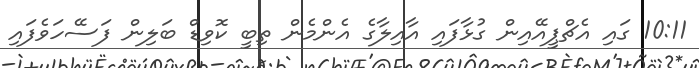
10:11 ގައި އެޗްޕީއޭއިން ގުޅާފައި އާއިލާގެ އެންމެން ތިބީ ކޮވިޑް ބަލިން ފަސޭހަވެފައި